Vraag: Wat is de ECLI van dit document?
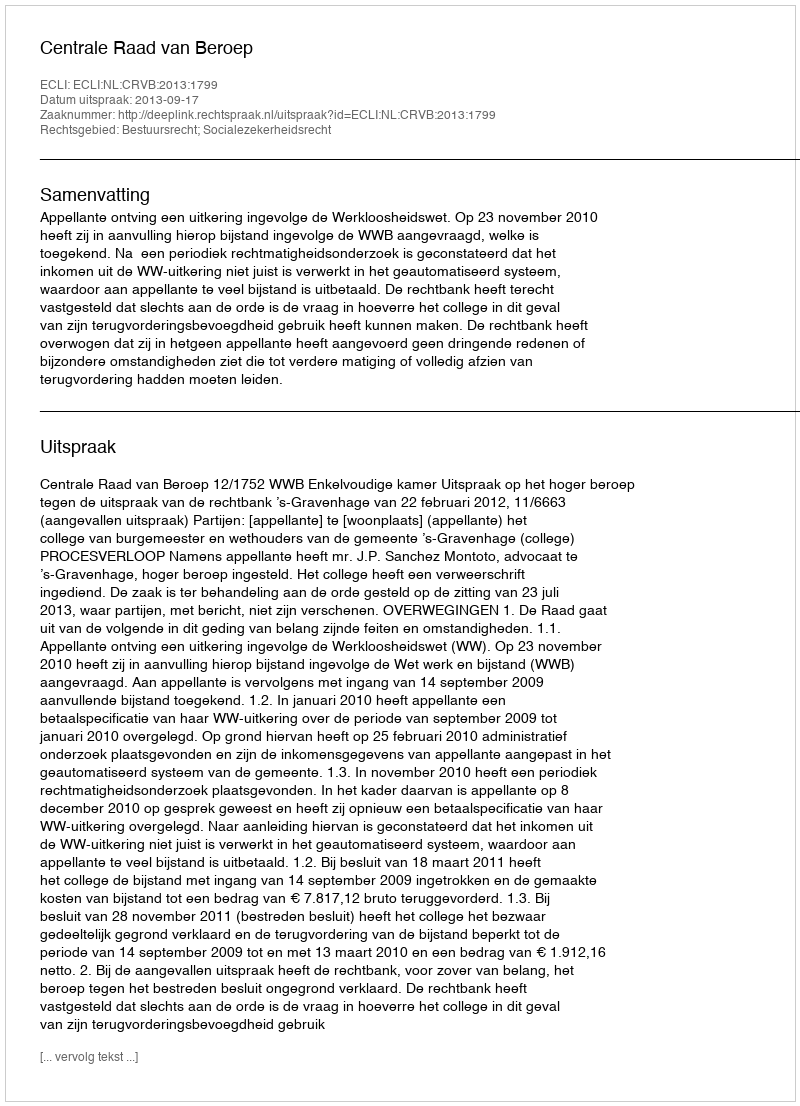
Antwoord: ECLI:NL:CRVB:2013:1799